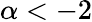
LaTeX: \alpha<-2